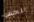
الحس